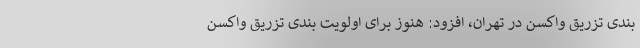
بندی تزریق واکسن در تهران، افزود: هنوز برای اولویت بندی تزریق واکسن